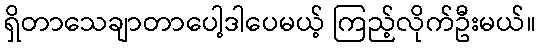
ရှိတာသေချာတာပေါ့ဒါပေမယ့် ကြည့်လိုက်ဦးမယ်။